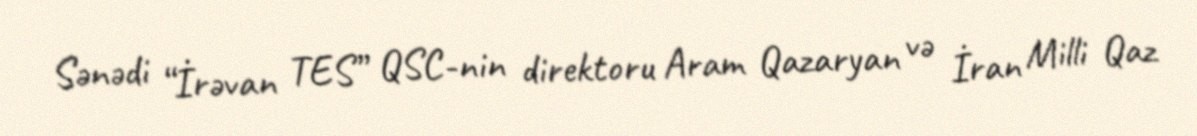
Sənədi “İrəvan TES” QSC-nin direktoru Aram Qazaryan və İran Milli Qaz